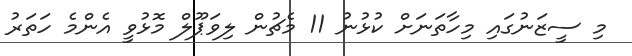
މި ސީޒަނުގައި މިހާތަނަށް ކުޅުނު 11 މެޗުން ލިވަޕޫލް މޮޅުވީ އެންމެ ހަތަރު